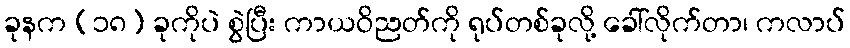
ခုနက (၁၈) ခုကိုပဲ စွဲပြီး ကာယဝိညတ်ကို ရုပ်တစ်ခုလို့ ခေါ်လိုက်တာ၊ ကလာပ်